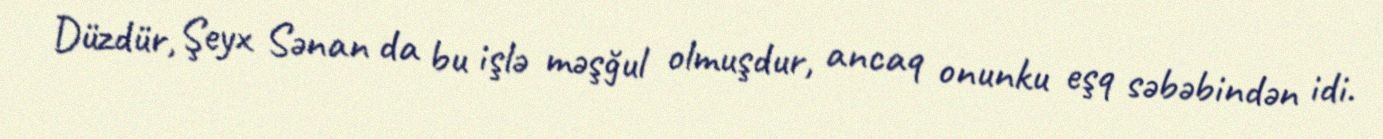
Düzdür, Şeyx Sənan da bu işlə məşğul olmuşdur, ancaq onunku eşq səbəbindən idi.